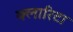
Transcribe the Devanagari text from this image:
क्लारिटा